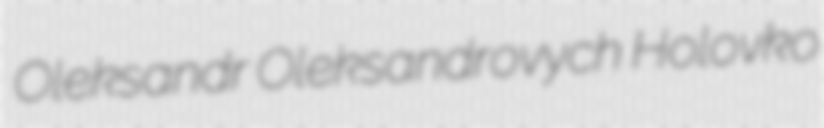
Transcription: Oleksandr Oleksandrovych Holovko